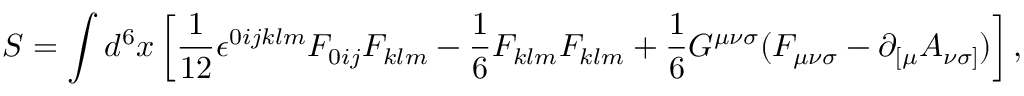
S = \int d ^ { 6 } x \left[ { \frac { 1 } { 1 2 } } { \epsilon } ^ { 0 i j k l m } F _ { 0 i j } F _ { k l m } - { \frac 1 6 } F _ { k l m } F _ { k l m } + { \frac 1 6 } G ^ { { \mu } { \nu } { \sigma } } ( F _ { { \mu } { \nu } { \sigma } } - { \partial } _ { [ { \mu } } A _ { { \nu } { \sigma } ] } ) \right] ,